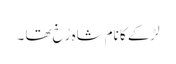
لڑکے کا نام شاہ رُخ تھا ۔